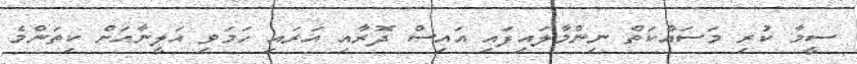
ސީމާ ކުރި މަސައްކަތް ނިންމާލައިފައި އައިސް ދޮރާއި އަރައި ހަމަވި އަލީނާއަށް ކިތަންމެ